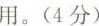
用。(4分)